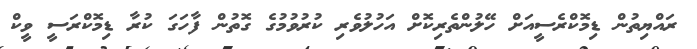
ރައްޔިތުން ޑިމޮކްރެސީއަށް ހޭލުންތެރިކޮށް އަހުލުވެރި ކުރުވުމުގެ ގޮތުން ފާހަގަ ކުރާ ޑިމޮކްރަސީ ވީކް